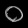
Digit: ၀